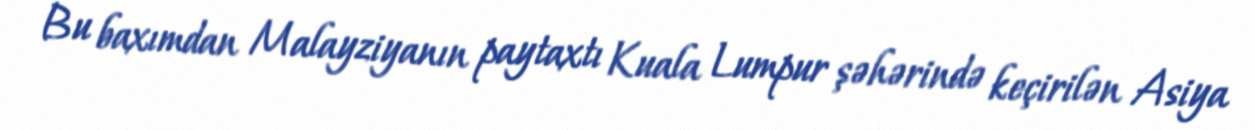
Bu baxımdan Malayziyanın paytaxtı Kuala Lumpur şəhərində keçirilən Asiya